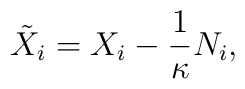
\tilde{X}_i = X_i - \frac1\kappa N_i,